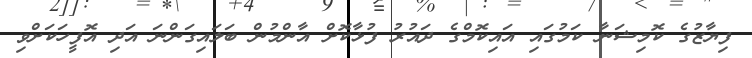
ފިޔާޒުގެ ކޮމިޝަނާ ކަމުގައި އައިކޮމްގެ ދައުރު ފުޅާކޮށް އާންމުން ބަލައިގަންނަ އަދި އޮފީހަކަށްވި